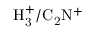
\mathrm { H _ { 3 } ^ { + } / C _ { 2 } N ^ { + } }